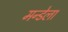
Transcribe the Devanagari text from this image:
मन्डेला